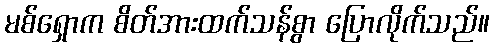
မစ်ရှောက စိတ်အားထက်သန်စွာ ပြောလိုက်သည်။